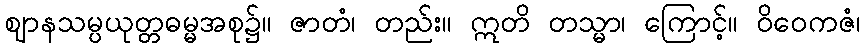
ဈာနသမ္ပယုတ္တဓမ္မအစု၌။ ဇာတံ၊ တည်း။ ဣတိ တသ္မာ၊ ကြောင့်။ ဝိဝေကဇံ၊